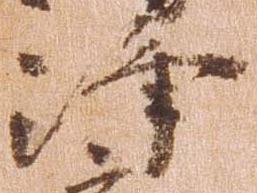
浄